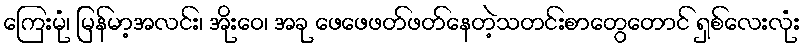
ကြေးမုံ၊ မြန်မာ့အလင်း၊ အိုးဝေ၊ အခု ဖေဖေဖတ်ဖတ်နေတဲ့သတင်းစာတွေတောင် ရှစ်လေးလုံး